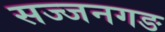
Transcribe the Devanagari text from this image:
सज्जनगङ